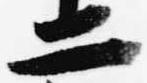
二